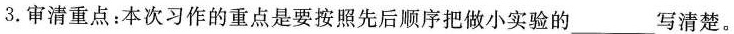
3.审清重点：本次习作的重点是要按照先后顺序把做小实验的_____写清楚。